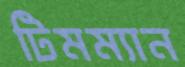
টিমম্যান